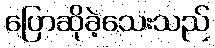
ပြောဆိုခဲ့သေးသည်